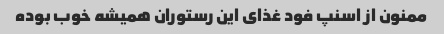
ممنون از اسنپ فود غذای این رستوران همیشه خوب بوده